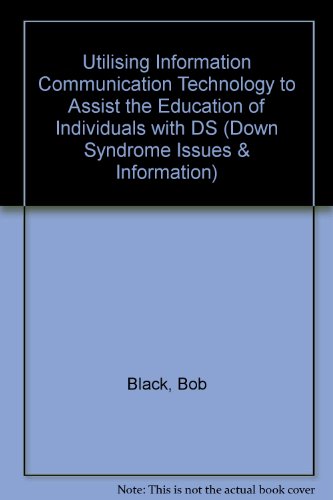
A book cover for Utilising Information Communication Technology to Assist the Education of Individuals with DS (Down Syndrome Issues & Information); Bob Black; Health, Fitness & Dieting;